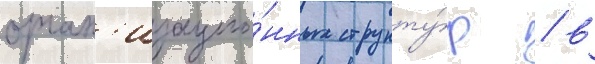
орган'изацио́нных структу́р / в